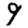
Digit: 9